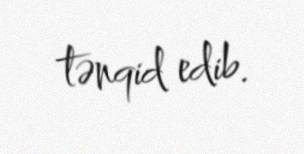
tənqid edib.